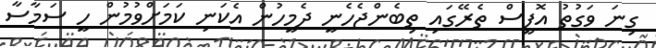
ގިނަ ވަގުތު އޮފީސް ތެރޭގައި ތިބެންޖެހެނީ ދެމީހުން އެކަނި ކަމަށްވުމުން ހީ ސަމާސާ